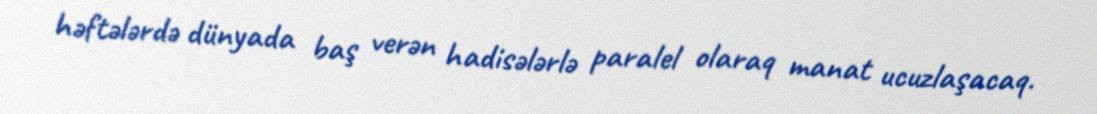
həftələrdə dünyada baş verən hadisələrlə paralel olaraq manat ucuzlaşacaq.